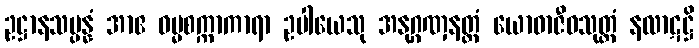
ဥဋ္ဌာနသမ္ပန္နံ အာဧ ဓမ္မစက္ကာကာရာ ဥပါယေသု အနုဂ္ဂဏှနတ္ထံ ယောဓာဇီဝသုတ္တံ နလာဋဋ္ဌိ